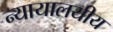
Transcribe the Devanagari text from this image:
न्यायालयीय